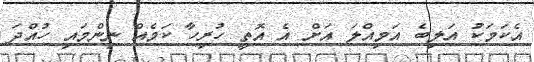
އެކަމަކު އަލިބެ އަމިއްލަ އަށް އެ އޮތީ ހުރިހާ ކަމެއް ނިންމައި ހުއްދަ